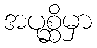
အပုစ္ဆိမှာ